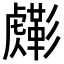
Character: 𧈎